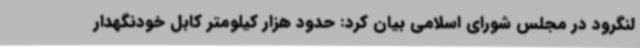
لنگرود در مجلس شورای اسلامی بیان کرد: حدود هزار کیلومتر کابل خودنگهدار